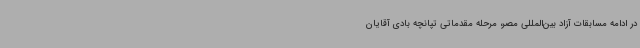
در ادامه مسابقات آزاد بین‌المللی مصر، مرحله مقدماتی تپانچه بادی آقایان